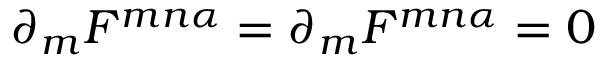
\partial _ { m } { \cal F } ^ { m n \alpha } = \partial _ { m } F ^ { m n \alpha } = 0